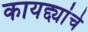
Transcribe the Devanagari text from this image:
कायद्द्यांचे